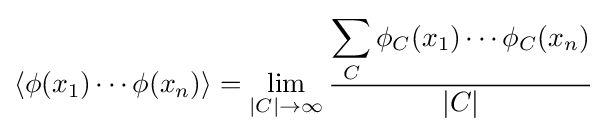
\left\langle \phi (x_{1})\cdots \phi (x_{n})\right\rangle =\lim _{|C|\rightarrow \infty }{\frac {\displaystyle \sum _{C}\phi _{C}(x_{1})\cdots \phi _{C}(x_{n})}{|C|}}